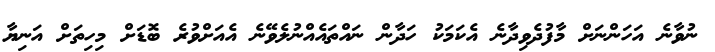
ނުވާނެ އަހަންނަށް މާފުދެވިދާނެ އެކަމަކު ހަދާން ނައްތައެއްނުލެވޭނެ އެއަށްވުރެ ބޮޑަށް މިހިތަށް އަނިޔާ